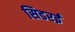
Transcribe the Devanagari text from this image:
सिडरई